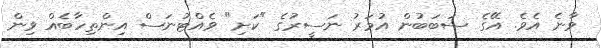
ވާނެ އެވެ. އޭގެ ސަބަބުން އުމަރު ނަސީރުގެ "ކަށި" ވެއްޓުނަސް އިންތިހާބެއް ވިން